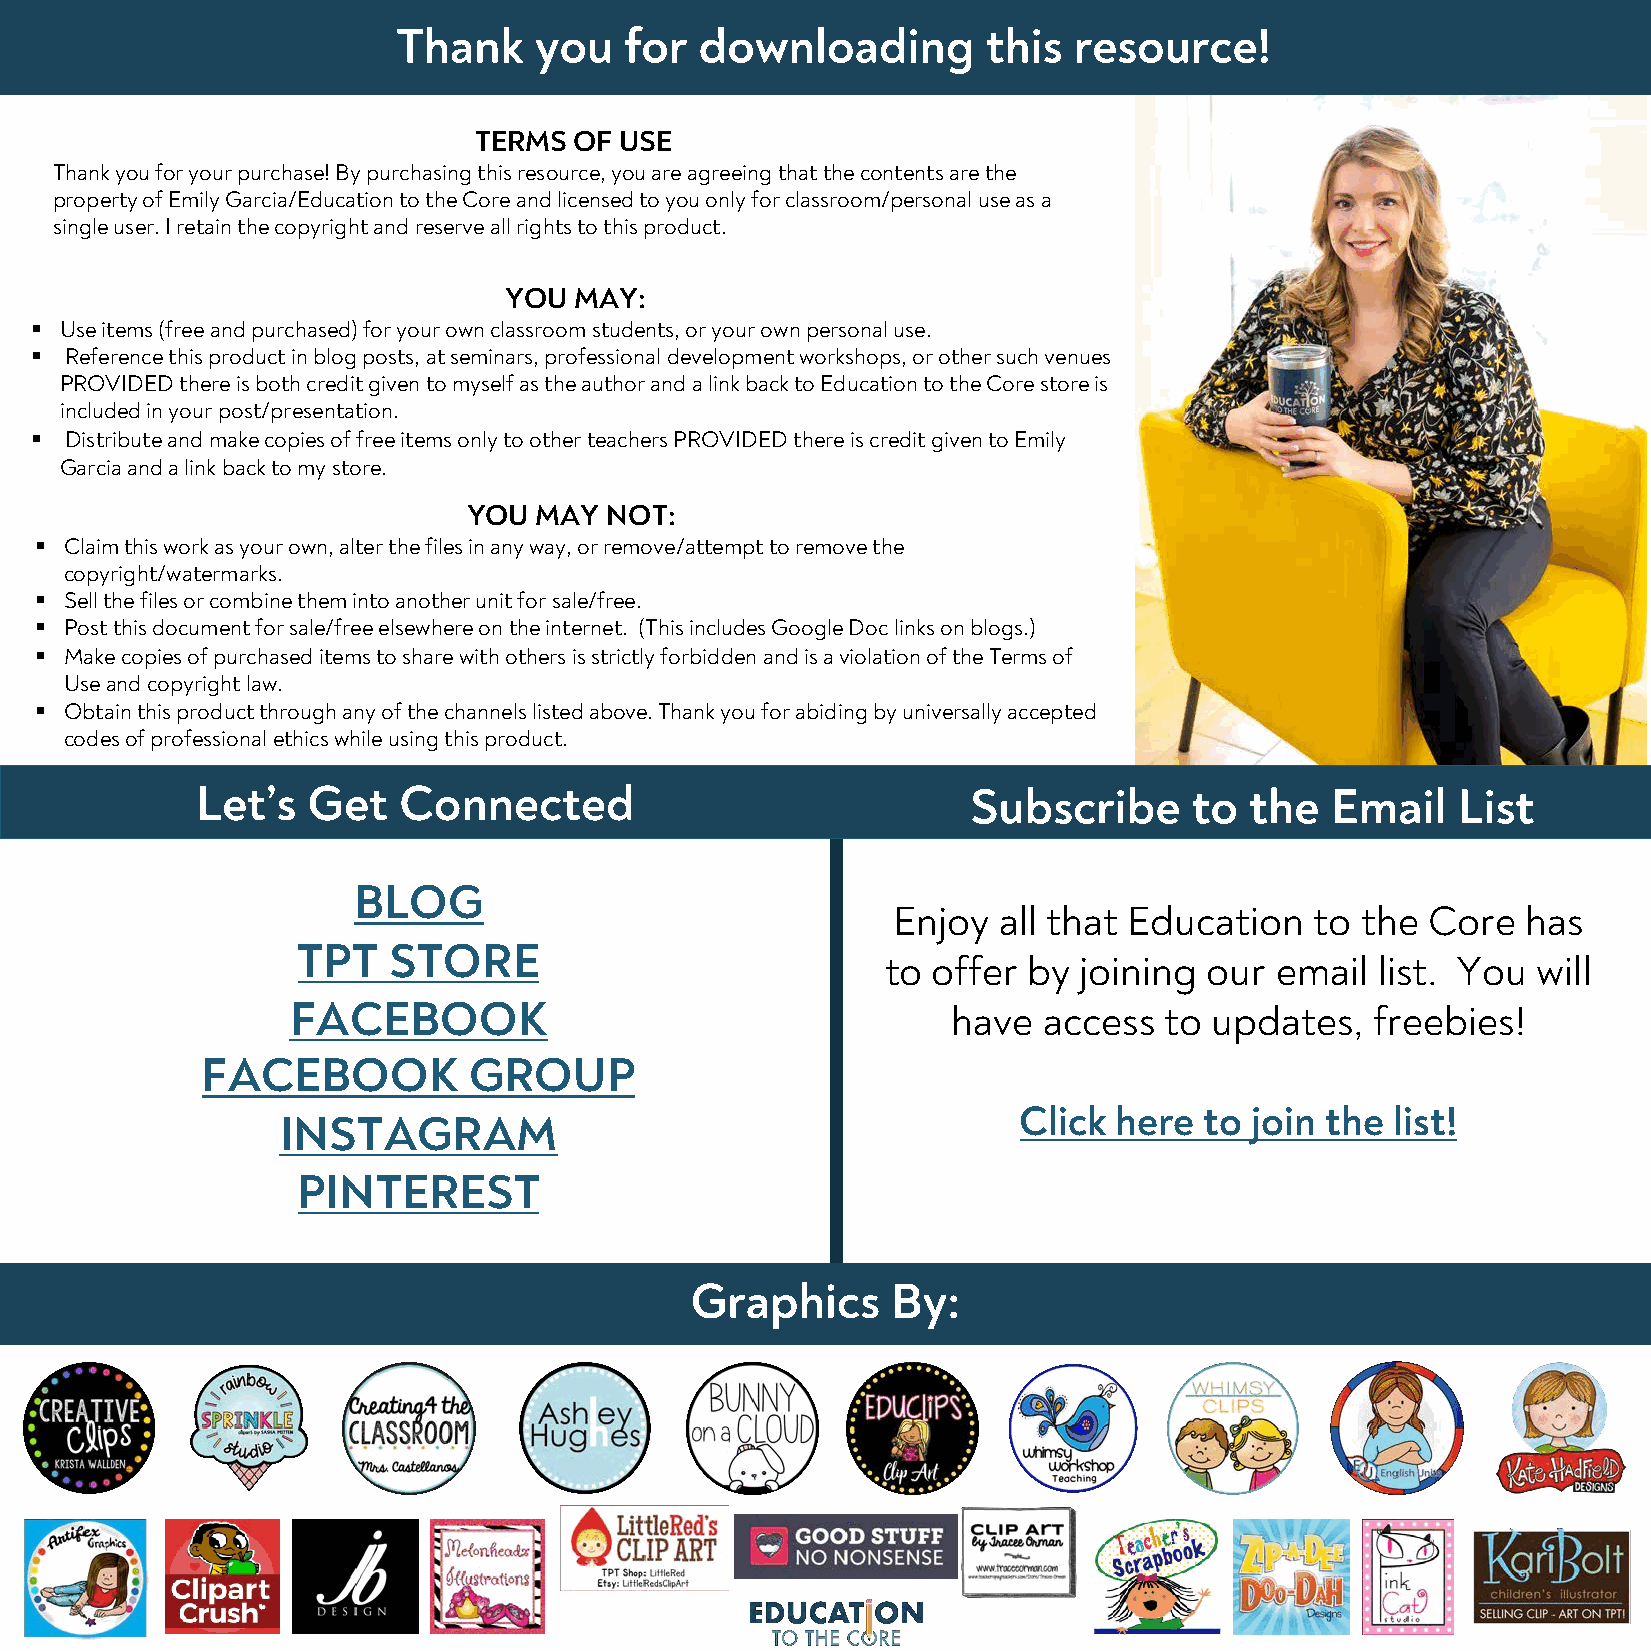
Thank    you   for  downloading        this  resource!
 TERMS  OF USE
 Thank you for your purchase! By purchasing this resource, you are agreeing that the contents are the
 property of Emily Garcia/Education to the Core and licensed to you only for classroom/personal use as a
 single user. I retain the copyright and reserve all rights to this product.
 YOU  MAY:
 § Use items (free and purchased) for your own classroom students, or your own personal use.
 § Reference this product in blog posts, at seminars, professional development workshops, or other such venues
 PROVIDED there is both credit given to myself as the author and a link back to Education to the Core store is
 included in your post/presentation.
 § Distribute and make copies of free items only to other teachers PROVIDED there is credit given to Emily
 Garcia and a link back to my store.
 YOU MAY  NOT:
 § Claim this work as your own, alter the files in any way, or remove/attempt to remove the
 copyright/watermarks.
 § Sell the files or combine them into another unit for sale/free.
 § Post this document for sale/free elsewhere on the internet. (This includes Google Doc links on blogs.)
 § Make copies of purchased items to share with others is strictly forbidden and is a violation of the Terms of
 Useand copyright law.
 § Obtain this product through any of the channels listed above. Thank you for abiding by universally accepted
 codes of professional ethics while using this product.
 Let’s  Get   Connected                             Subscribe      to  the  Email   List
 BLOG
 Enjoy  all that Education   to the Core   has
 TPT   STORE
 to offer by joining  our email  list. You  will
 FACEBOOK                                    have  access  to updates,   freebies!
 FACEBOOK          GROUP
 Click  here  to join the list!
 INSTAGRAM
 PINTEREST
 Graphics     By: